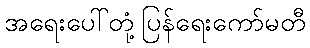
အရေးပေါ်တုံ့ပြန်ရေးကော်မတီ